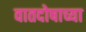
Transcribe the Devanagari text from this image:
वातदोषाच्या